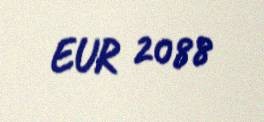
EUR 2088